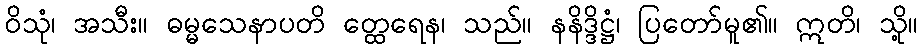
ဝိသုံ၊ အသီး။ ဓမ္မသေနာပတိ တ္ထေရေန၊ သည်။ နနိဒ္ဒိဋ္ဌံ၊ ပြတော်မူ၏။ ဣတိ၊ သို့။